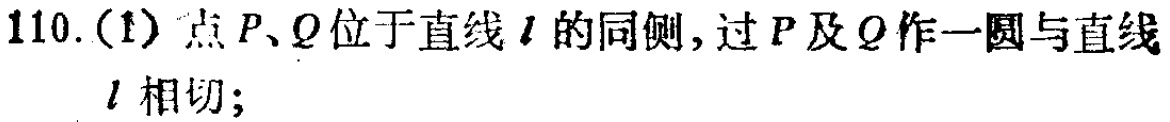
110.(1) 点 \(P、Q\) 位于直线 \(l\) 的同侧，过 \(P\) 及 \(Q\) 作一圆与直线 \(l\) 相切；